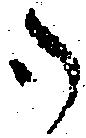
御